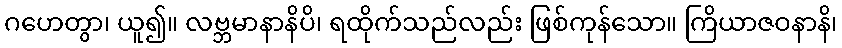
ဂဟေတွာ၊ ယူ၍။ လဗ္ဘမာနာနိပိ၊ ရထိုက်သည်လည်း ဖြစ်ကုန်သော။ ကြိယာဇဝနာနိ၊